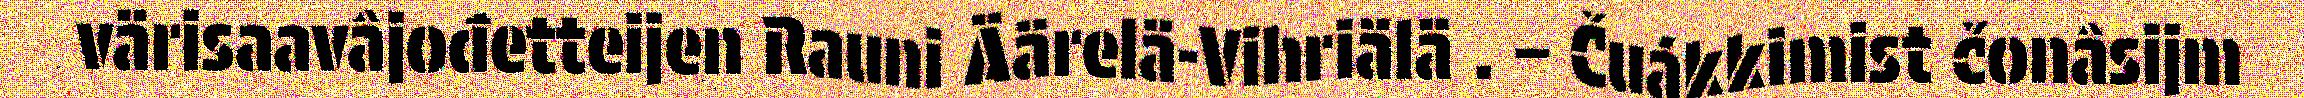
värisaavâjođetteijen Rauni Äärelä-Vihriälä . – Čuákkimist čonâsijm